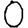
Digit: 0